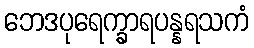
ဘေဒပုရေက္ခာရပန္နရသကံ